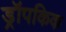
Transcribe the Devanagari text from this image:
ड्रॉपकिक